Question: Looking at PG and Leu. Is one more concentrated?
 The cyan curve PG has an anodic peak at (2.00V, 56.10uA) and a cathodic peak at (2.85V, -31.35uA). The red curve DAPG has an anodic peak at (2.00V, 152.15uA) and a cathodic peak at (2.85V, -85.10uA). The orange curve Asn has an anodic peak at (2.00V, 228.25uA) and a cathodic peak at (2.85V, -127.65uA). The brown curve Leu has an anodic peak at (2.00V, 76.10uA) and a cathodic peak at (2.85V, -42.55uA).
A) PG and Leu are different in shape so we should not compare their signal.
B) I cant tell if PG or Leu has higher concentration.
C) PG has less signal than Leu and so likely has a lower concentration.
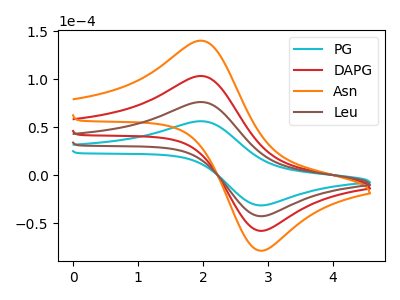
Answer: <think>All the peaks in "PG" have a peak in "Leu" at the same potential. Every peak in "PG" is lower than every peak in "Leu".
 </think>
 <answer>C) "PG" has less signal than "Leu" and so likely has a lower concentration.</answer>
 <eval>C</eval>